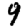
Digit: 9